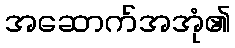
အဆောက်အအုံ၏